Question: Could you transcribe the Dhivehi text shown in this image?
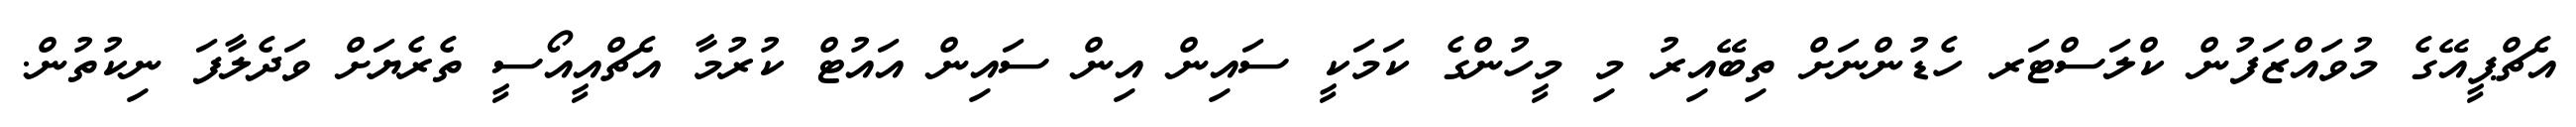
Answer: އެޗްޕީއޭގެ މުވައްޒަފުން ކްލަސްޓަރ ހެޑުންނަށް ތިބޭއިރު މި މީހުންގެ ކަމަކީ ސައިން އިން ސައިން އައުޓް ކުރުމާ އެޗްއީއޯސީ ތެރެޔަށް ވަދެލާފަ ނިކުތުން.